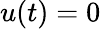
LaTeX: u(t)=0